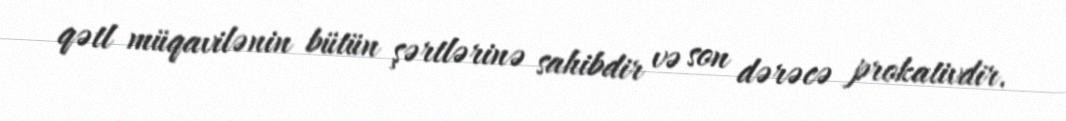
qətl müqavilənin bütün şərtlərinə sahibdir və son dərəcə prokativdir.